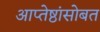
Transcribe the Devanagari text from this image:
आप्तेष्ठांसोबत